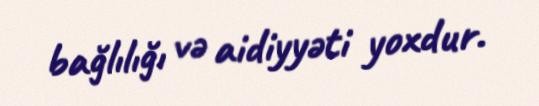
bağlılığı və aidiyyəti yoxdur.